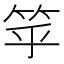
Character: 𥬏